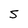
Character: S